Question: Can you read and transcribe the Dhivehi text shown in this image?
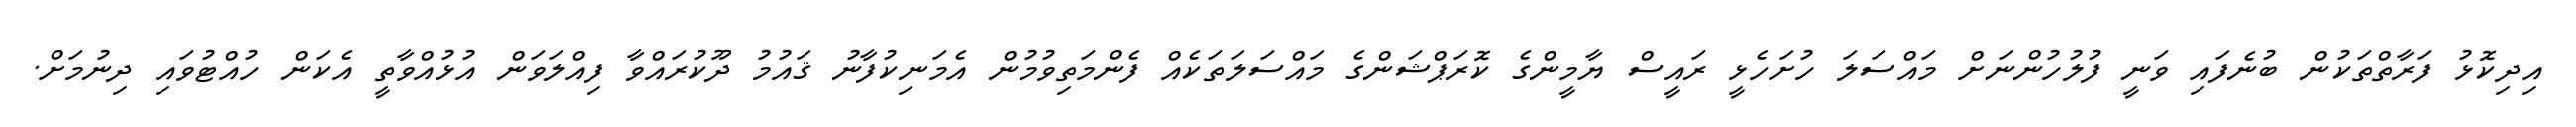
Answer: އިދިކޮޅު ފަރާތްތަކުން ބުނެފައި ވަނީ ފުލުހުންނަށް މައްސަލަ ހުށަހެޅީ ރައީސް ޔާމީންގެ ކޮރަޕްޝަންގެ މައްސަލަތަކެއް ފެންމަތިވުމުން އެމަނިކުފާނު ޤައުމު ދޫކުރައްވާ ފިއްލަވަން އުޅުއްވާތީ އެކަން ހުއްޓުވައި ދިނުމަށް.